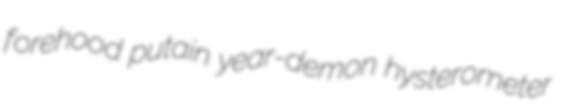
forehood putain year-demon hysterometer